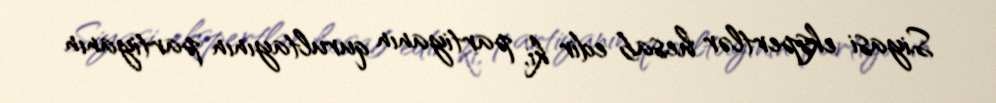
Siyasi ekspertlər hesab edir ki, partiyanın qurultayının partiyanın